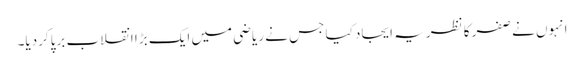
انہوں نے صفر کا نظریہ ایجاد کیا جس نے ریاضی میں ایک بڑا انقلاب برپاکردیا۔